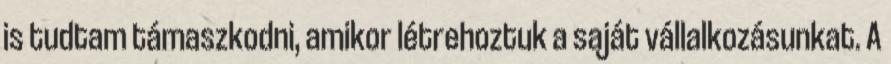
is tudtam támaszkodni, amikor létrehoztuk a saját vállalkozásunkat. A